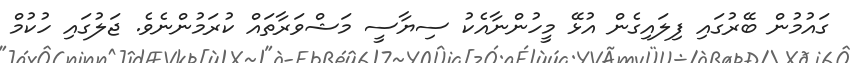
ގައުމުން ބޭރުގައި ފިލައިގެން އުޅޭ މީހުންނާއެކު ސިޔާސީ މަޝްވަރާތައް ކުރަމުންނެވެ. ޖަލުގައި ހުކުމް